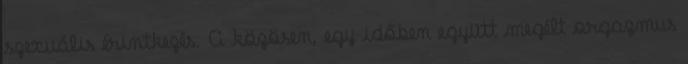
szexuális érintkezés. A közösen, egy időben együtt megélt orgazmus